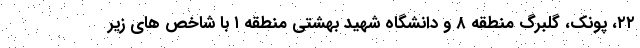
۲۲، پونک، گلبرگ منطقه ۸ و دانشگاه شهید بهشتی منطقه ۱ با شاخص های زیر